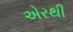
એરથી